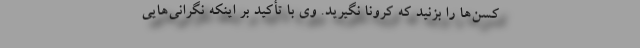
کسن‌ها را بزنید که کرونا نگیرید. وی با تأکید بر اینکه نگرانی‌هایی